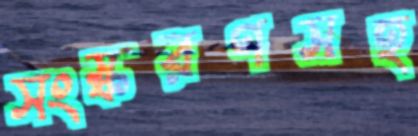
সংস্করণসহ